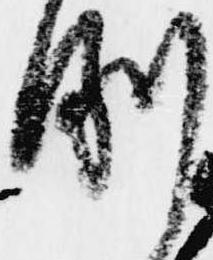
例